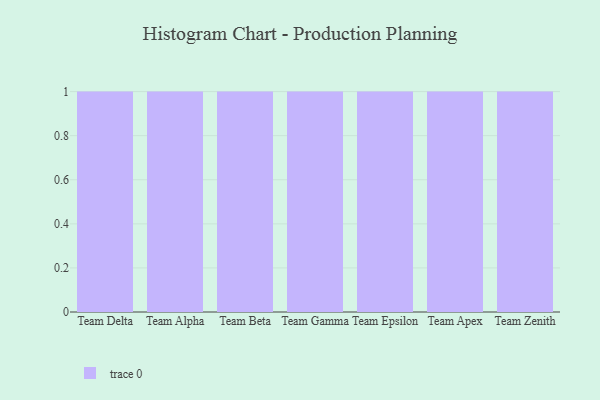
{"axis": {"x": "Team", "y": "Revenue (USD Million)"}, "legend": [""], "data": [{"x": "Team Delta", "y": 22, "type": ""}, {"x": "Team Alpha", "y": 32, "type": ""}, {"x": "Team Beta", "y": 59, "type": ""}, {"x": "Team Gamma", "y": 15, "type": ""}, {"x": "Team Epsilon", "y": 63, "type": ""}, {"x": "Team Apex", "y": 25, "type": ""}, {"x": "Team Zenith", "y": 81, "type": ""}]}